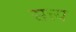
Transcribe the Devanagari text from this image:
सत्त्य